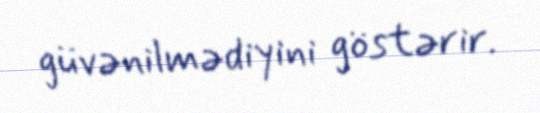
güvənilmədiyini göstərir.